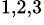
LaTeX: ^{1,2,3}